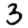
Digit: 3